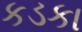
કડકા